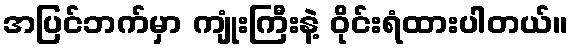
အပြင်ဘက်မှာ ကျုံးကြီးနဲ့ ဝိုင်းရံထားပါတယ်။